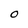
Character: O